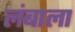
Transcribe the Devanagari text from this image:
लंबाला